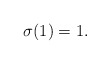
\begin{align*} \sigma(1) = 1. \end{align*}